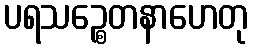
ပရသဉ္စေတနာဟေတု